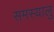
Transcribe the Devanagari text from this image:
समस्यालु